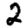
Digit: 2